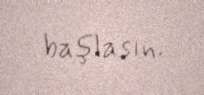
başlasın.